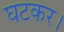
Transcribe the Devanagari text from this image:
घटकर।